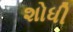
શોધી